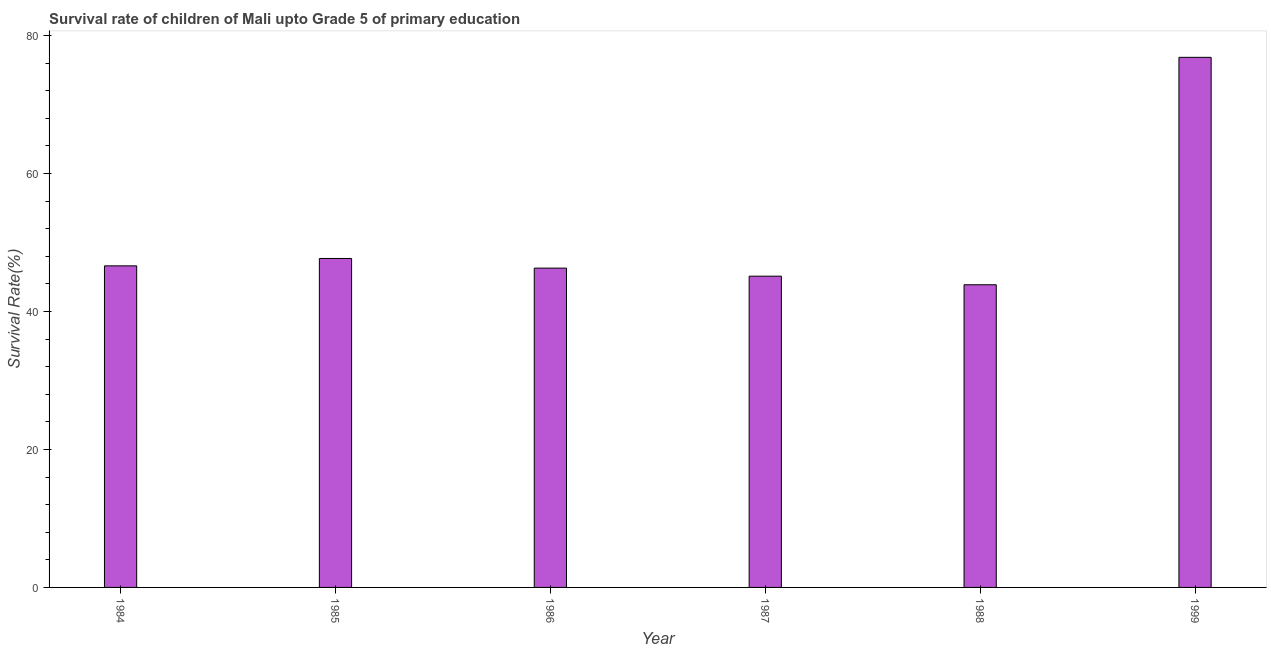
| Year | Survival rate |
 | --- | --- |
 | 1984 | 46.6 |
 | 1985 | 47.7 |
 | 1986 | 46.3 |
 | 1987 | 45.1 |
 | 1988 | 43.9 |
 | 1999 | 76.9 |